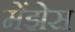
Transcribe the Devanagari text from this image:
मेंझेस